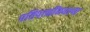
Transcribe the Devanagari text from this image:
पतिपत्‍नींमधल्या